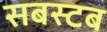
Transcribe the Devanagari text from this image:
सबस्टब